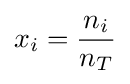
x_{i}={\frac {n_{i}}{n_{T}}}